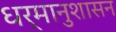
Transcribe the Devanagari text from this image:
धर्मानुशासन